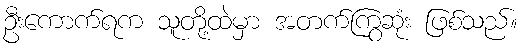
ဦးကောက်ရက သူတို့ထဲမှာ အတက်ကြွဆုံး ဖြစ်သည်။